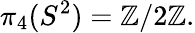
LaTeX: \pi_{4}(S^{2})=\mathbb{Z}/2\mathbb{Z}.